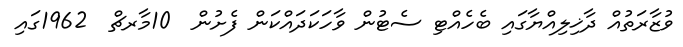
ވުޒާރަތުއް ދާޚިލިއްޔާގައި ބެހެއްޓި ސެޓުން ވާހަކަދައްކަން ފެށުން  10މާރޗް  1962ގައި